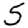
Digit: 5